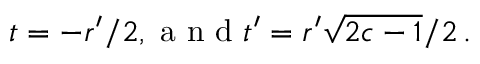
t = - r ^ { \prime } / 2 , \mathrm { ~ a ~ n ~ d ~ } t ^ { \prime } = r ^ { \prime } \sqrt { 2 c - 1 } / 2 \, .